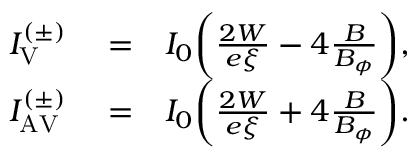
\begin{array} { r l r } { I _ { \mathrm { V } } ^ { ( \pm ) } } & { { } = } & { I _ { 0 } \biggl ( \frac { 2 W } { e \xi } - 4 \frac { B } { B _ { \phi } } \biggr ) , } \\ { I _ { \mathrm { A V } } ^ { ( \pm ) } } & { { } = } & { I _ { 0 } \biggl ( \frac { 2 W } { e \xi } + 4 \frac { B } { B _ { \phi } } \biggr ) . } \end{array}